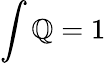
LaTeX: \int\mathbb{Q}=1